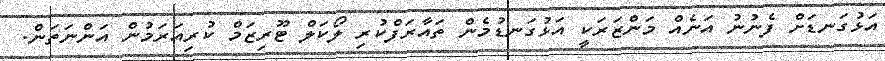
އަޅުގަނޑަށް ފެނުނު އަނެއް މަންޒަރަކީ އަޅުގަނޑުމެން ތައާރަފްކުރި ލޯކަލް ޓޫރިޒަމް ކުރިއަރަމުން އަންނަތަން.